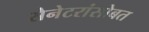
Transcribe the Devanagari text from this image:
सेनेटरांसोबत